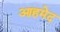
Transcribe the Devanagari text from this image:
आहमेद